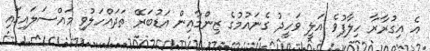
އެ އިގުރާރާ ހިލާފުވެ އަލީ ވަހީދު ގެނައުމުގެ ޒިންމާއިން އަޑުބަރޭ ތަަދައްހަލުވި މައްސަލައިގައި